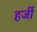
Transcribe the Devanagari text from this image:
हर्जी